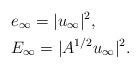
LaTeX: \begin{align*}&e_{\infty}=|u_{\infty}|^2, \\&E_{\infty}=|A^{1/2}u_{\infty}|^2.\end{align*}